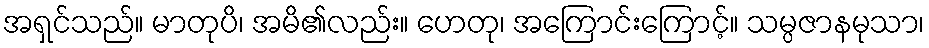
အရှင်သည်။ မာတုပိ၊ အမိ၏လည်း။ ဟေတု၊ အကြောင်းကြောင့်။ သမ္ပဇာနမုသာ၊